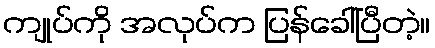
ကျုပ်ကို အလုပ်က ပြန်ခေါ်ပြီတဲ့။